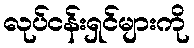
လုပ်ငန်းရှင်များကို